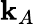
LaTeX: \mathbf{k}_{A}